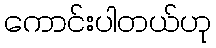
ကောင်းပါတယ်ဟု